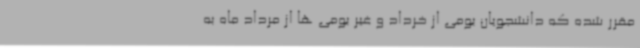
مقرر شده که دانشجویان بومی از خرداد و غیر بومی ها از مرداد ماه به